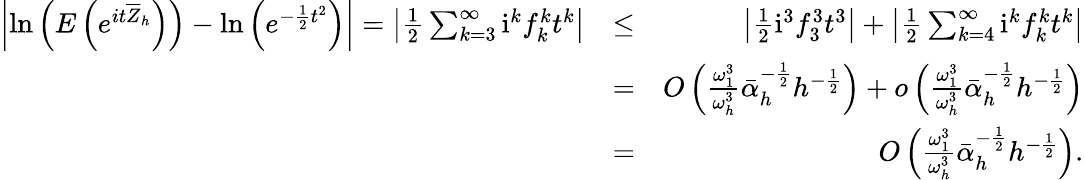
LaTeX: \begin{array}{rlr}{\left|\mathrm{ln}\left(E\left(e^{it\overline{{Z}}_{h}}\right)\right)-\mathrm{ln}\left(e^{-\frac{1}{2}t^{2}}\right)\right|=\left|\frac{1}{2}\sum_{k=3}^{\infty}\mathrm{i}^{k}f_{k}^{k}t^{k}\right|}&{\leq}&{\left|\frac{1}{2}\mathrm{i}^{3}f_{3}^{3}t^{3}\right|+\left|\frac{1}{2}\sum_{k=4}^{\infty}\mathrm{i}^{k}f_{k}^{k}t^{k}\right|}\\ &{=}&{O\left(\frac{\omega_{1}^{3}}{\omega_{h}^{3}}\bar{\alpha}_{h}^{-\frac{1}{2}}h^{-\frac{1}{2}}\right)+o\left(\frac{\omega_{1}^{3}}{\omega_{h}^{3}}\bar{\alpha}_{h}^{-\frac{1}{2}}h^{-\frac{1}{2}}\right)}\\ &{=}&{O\left(\frac{\omega_{1}^{3}}{\omega_{h}^{3}}\bar{\alpha}_{h}^{-\frac{1}{2}}h^{-\frac{1}{2}}\right).}\end{array}